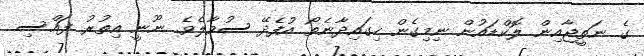
ގެ ނަތީޖާއިން ލޮކްޑައުން ނިމިގެން ހިގައިދާނެތޯ އުފެދޭ ސުވާލެވެ. ނޫނީ އިތުރު ފައްސި